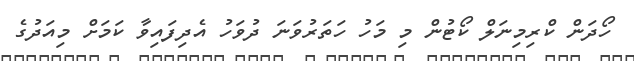
ހޯދަން ކްރިމިނަލް ކޯޓުން މި މަހު ހަތަރުވަނަ ދުވަހު އެދިފައިވާ ކަމަށް މިއަދުގެ